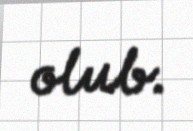
olub.